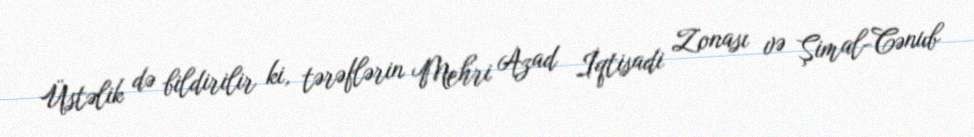
Üstəlik də bildirilir ki, tərəflərin Mehri Azad İqtisadi Zonası və Şimal-Cənub